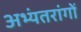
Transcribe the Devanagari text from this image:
अभ्यंतरांगों